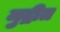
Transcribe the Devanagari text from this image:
मुद्रीत